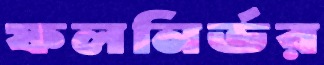
ফলনির্ভর